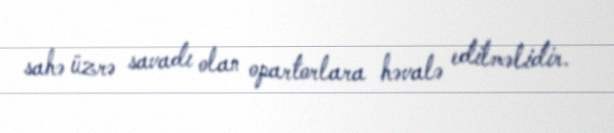
sahə üzrə savadı olan opartorlara həvalə edilməlidir.